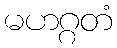
မဟဂ္ဂတံ